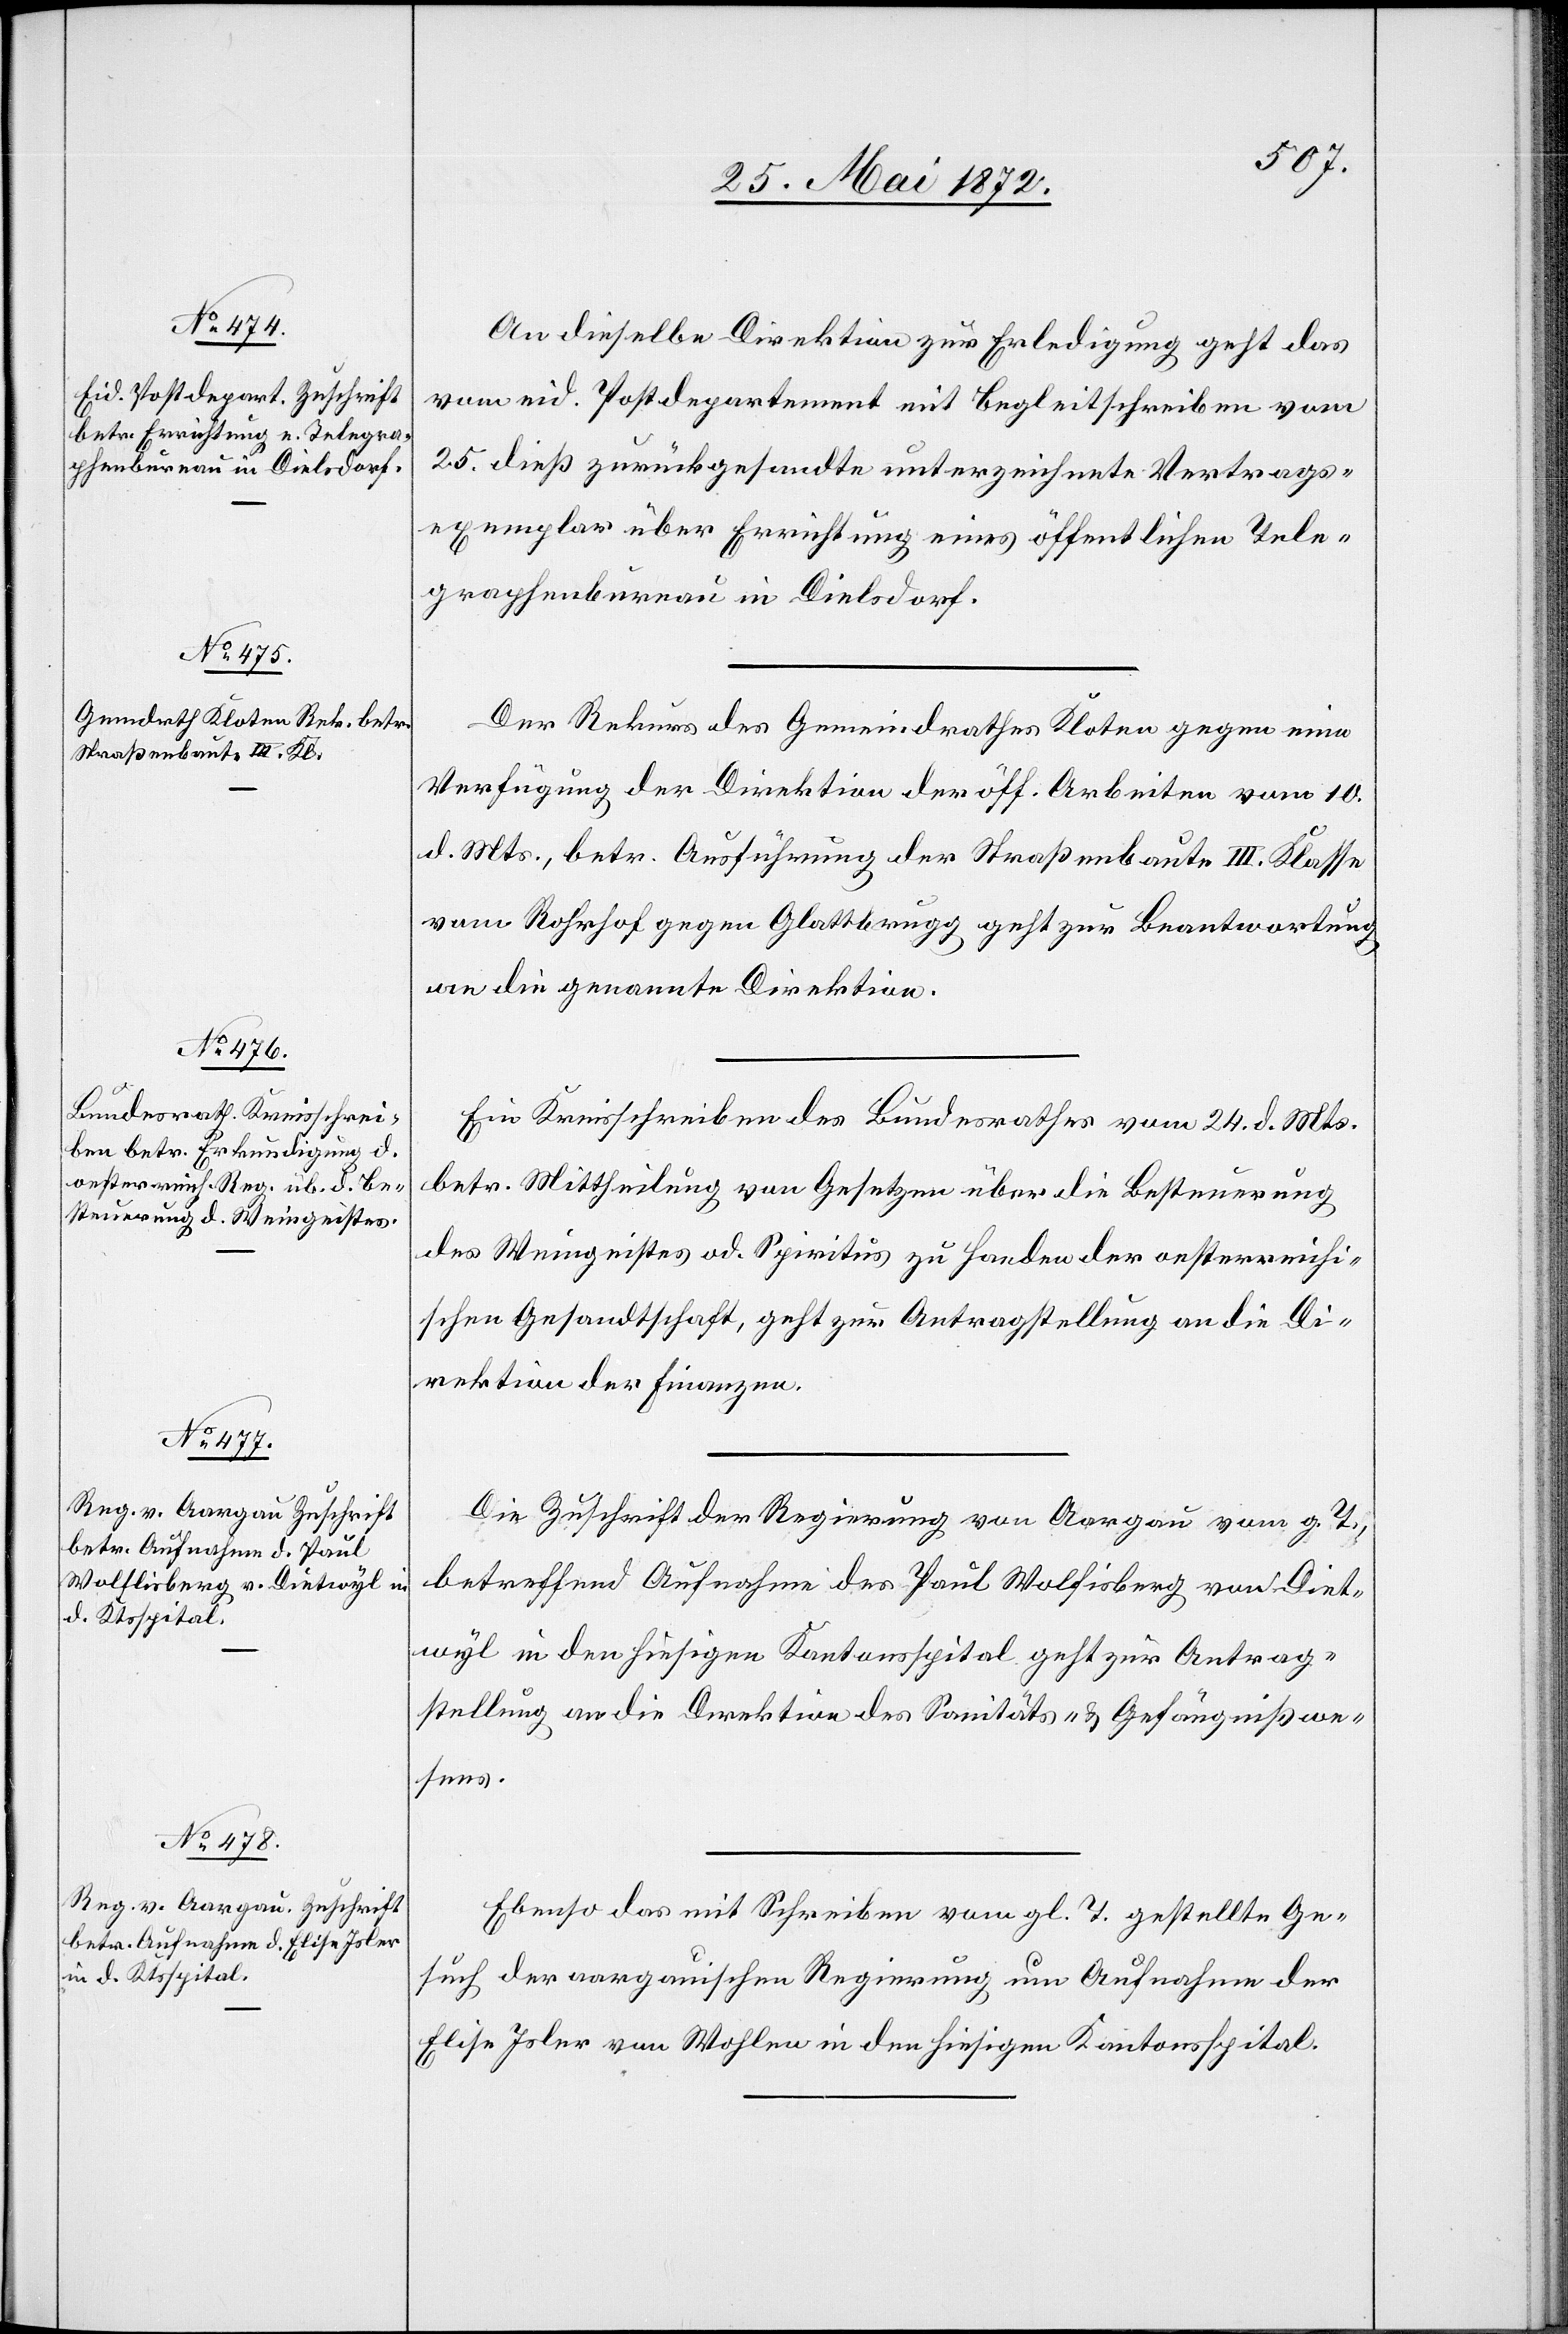
28. Mai 1872.]
An dieselbe Direktion zur Erledigung geht das
vom eid. Postdepartement mit Begleitschreiben vom
25. dieß zurückgesandte unterzeichnete Vertrags¬
exemplar über Errichtung eines öffentlichen Tele¬
graphenbureau in Dielsdorf.
Der Rekurs des Gemeindrathes Kloten gegen eine
Verfügung der Direktion der öff. Arbeiten vom 10.
d. Mts., betr. Ausführung der Straßenbaute III. Klasse
vom Rohrhof gegen Glattbrugg geht zur Beantwortung
an die genannte Direktion.
Ein Kreisschreiben des Bundesrathes vom 24. d. Mts.
betr. Mittheilung von Gesetzen über die Besteuerung
des Weingeistes od. Spiritus zu Handen der oesterreichi¬
schen Gesandtschaft, geht zur Antragstellung an die Di¬
rektion der Finanzen.
Die Zuschrift der Regierung von Aargau vom g. T.,
betreffend Aufnahme des Paul Wolfisberg [sic!] von Diet¬
wyl in den hiesigen Kantonsspital geht zur Antrag¬
stellung an die Direktion des Sanitäts- u. Gefängnißwe¬
sens.
Ebenso das mit Schreiben vom gl. T. gestellte Ge¬
such der aargauischen Regierung um Aufnahme der
Elise Isler von Wohlen in den hiesigen Kantonsspital.